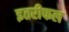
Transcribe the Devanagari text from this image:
इतरीफल